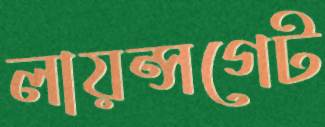
লায়ন্সগেট